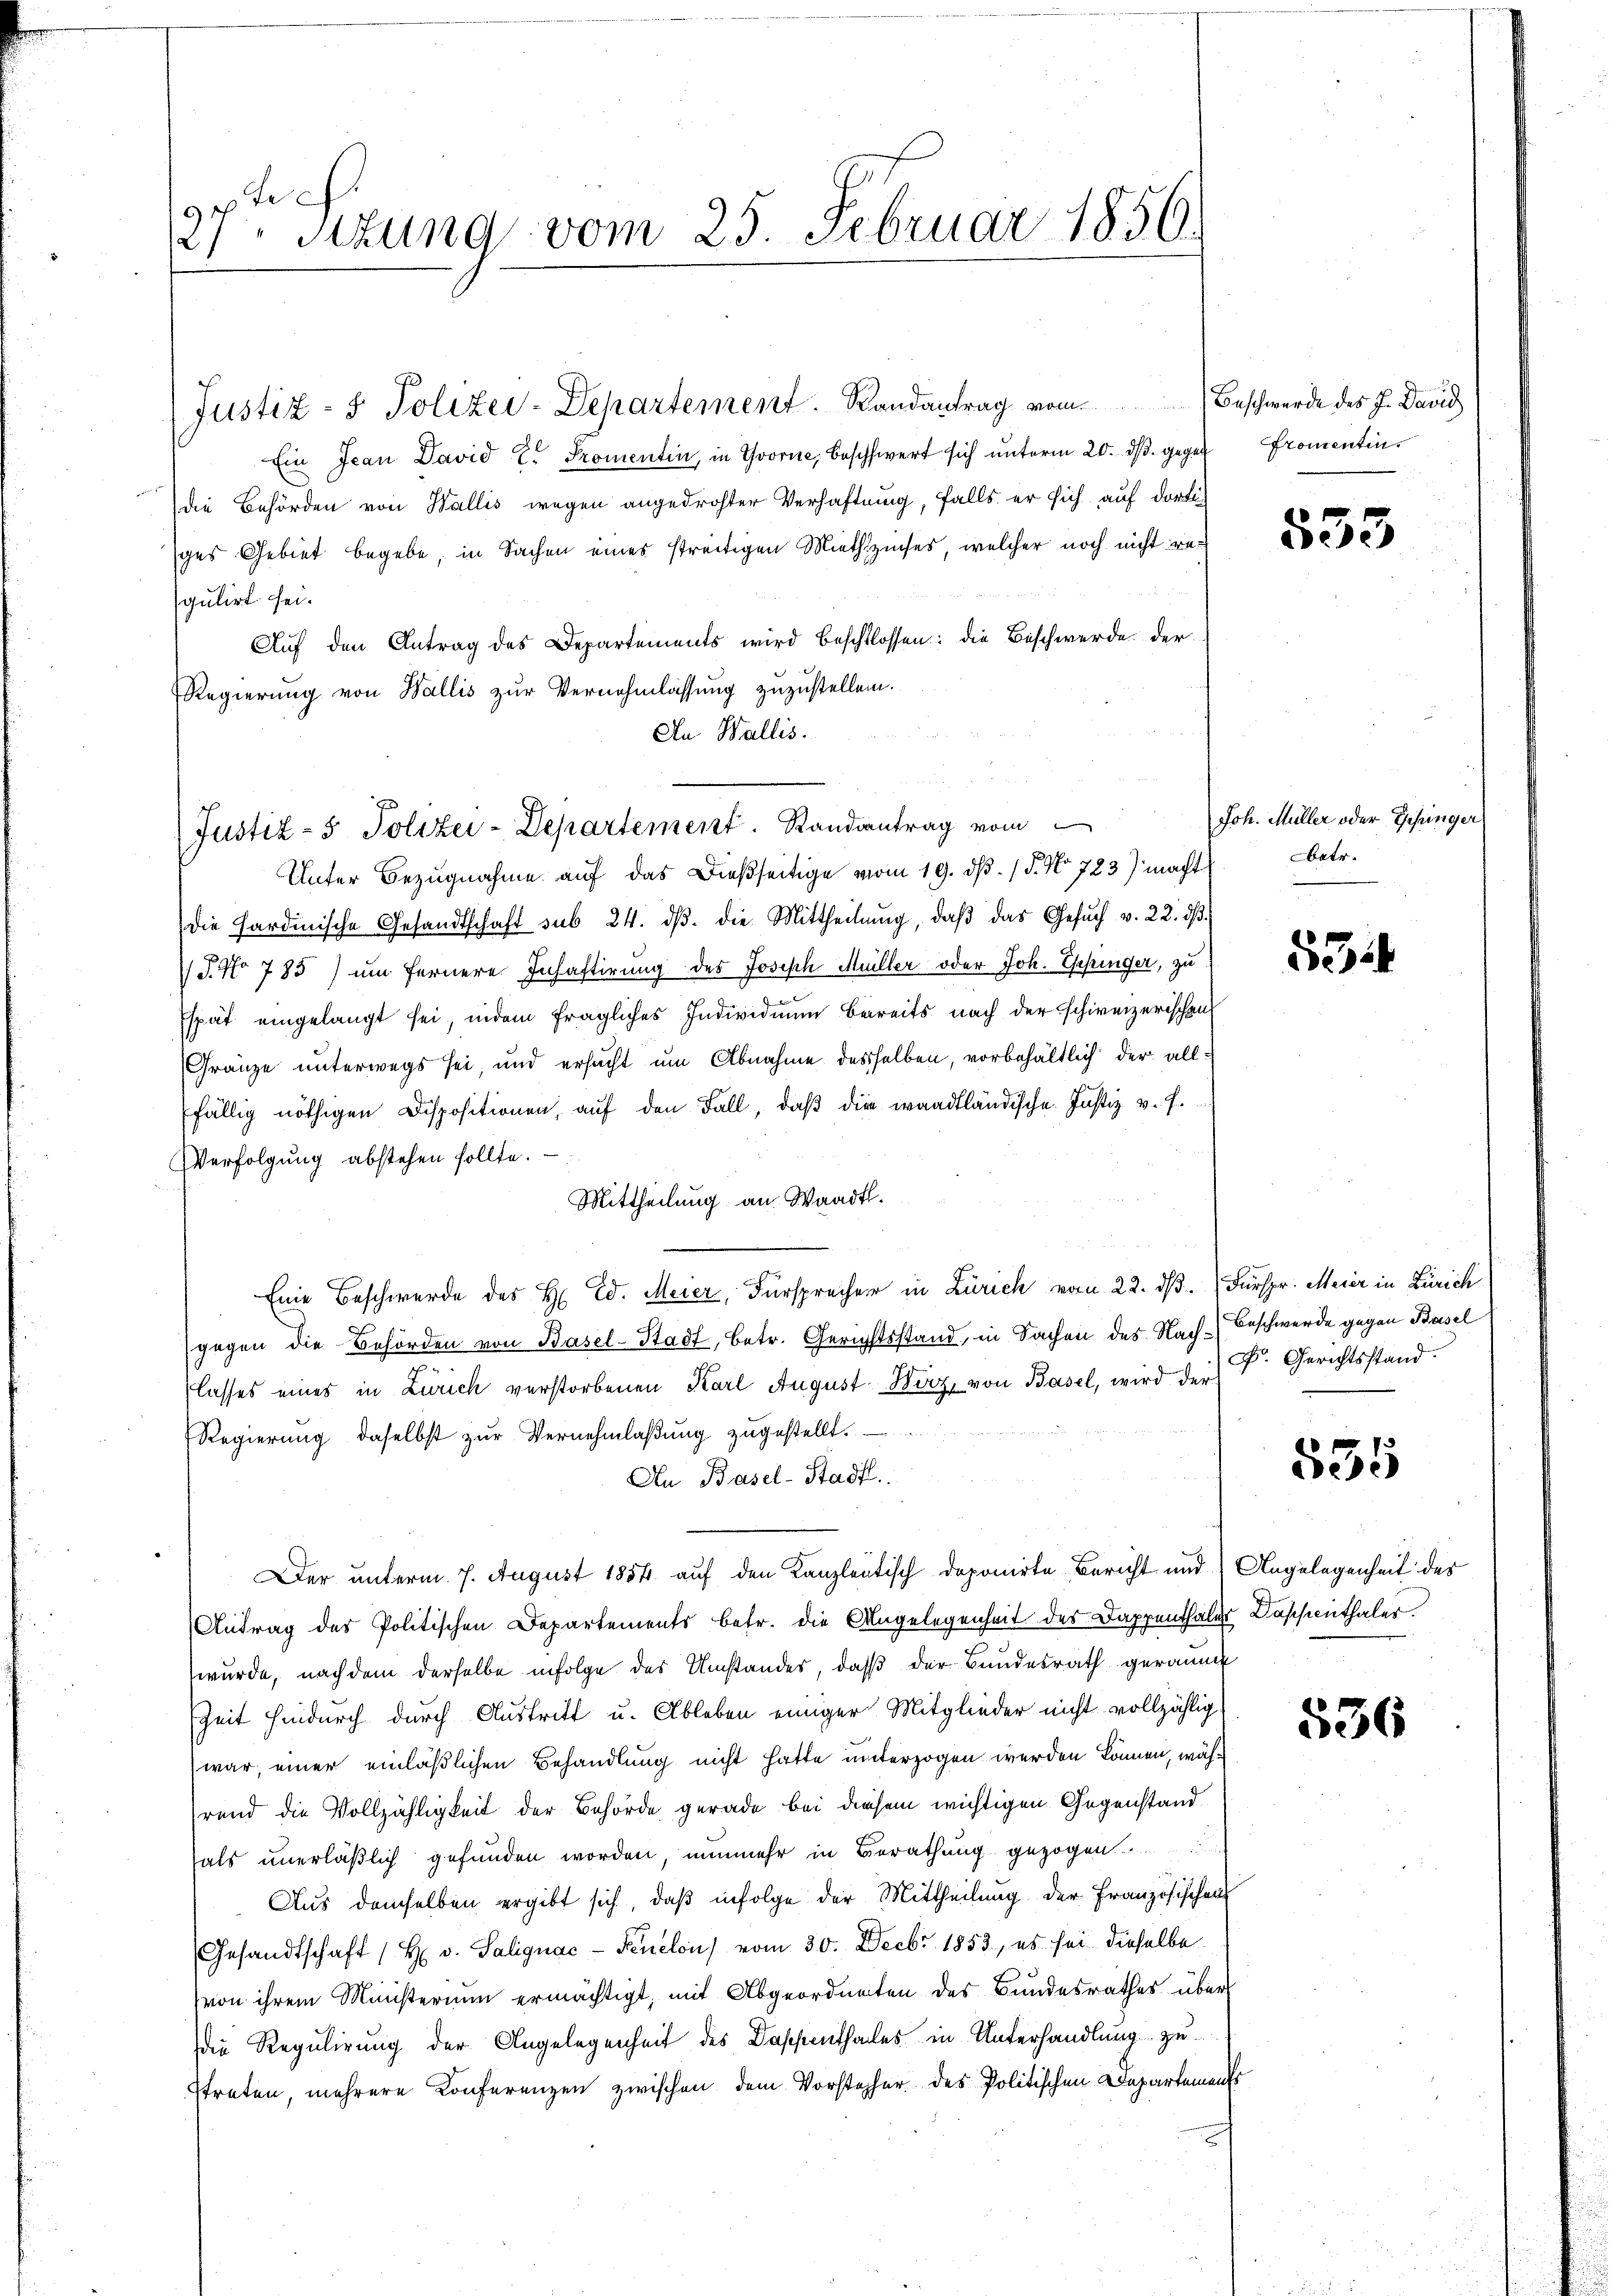
9r tec
21 sizung vom 25. Februar 1856.

Justiz- & Polizei-Departement. Randantrag vom

Ein Jean David E. Promentin, in Yvorne, beschwert sich unterm 20. ds. gegen Promentindie Behörden von Wallis wegen angedrohter Verhaftung, falls er sich auf dorti
ges Gebiet begebe, in Sachen eines streitigen Miethzinses, welcher noch nicht regulirt sei.
Aŭf den Antrag des Departements wird beschlossen: die Beschwerde der
Regierung von Wallis zur Vernehmlassung zuzustellen.
An Wallis.
Unter Bezugnahme auf das Dießseitige vom 19. dβ. / 5. No 723) macht
die Sardinische Gesandtschaft sub 24. dβ. die Mittheilŭng, daβ das Gesŭch v. 22. dβ
1 J. No 785) um fernere Inhaftirung des Joseph Müller oder Joh. Espinger, zu
Espät eingelangt sei, indem fragliches Individuum bereits nach der schweizerischen
Gränze unterwegs sei, und ersucht um Abnahme desselben, vorbehältlich der allfällig nöthigen Dispositionen, auf den Fall, daß die waadtländische Justiz v. J.
Verfolgung abstehen sollte.
Mittheilung an Waadt.
Eine Beschwerde des H. Ed. Meier, Fürsprecher in Zürich vom 22. dβ.  Fürspr. Meier in Zürich
gegen die Behörden von Basel-Stadt, betr. Gerichtsstand, in Sachen des Nach-Beschwerde gegen Basel
lasses eines in Zürich verstorbenen Karl August Wirz, von Basel, wird der Dr. Gerichtsstand
Regierŭng daselbst zŭr Vernehmlaβŭng zugestellt.
An Basel-Stadtl.
Der unterm 7. August 1854 auf den Kanzleitisch doponirte Bericht und Angelegenheit des
Antrag des Politischen Departements betr. die Angelegenheit des Dappenthales
wurde, nach dem derselbe infolge des Umstandes, daß der Bundesrath geraum
Zeit hindurch durch Austritt u. Ableben einiger Mitglieder nicht vollzählig
war, einer einläßlichen Behandlung nicht hatte unterzogen werden können, während die Vollzähligkeit der Behörde gerade bei diesem wichtigen Gegenstand
als unerläßlich gefunden worden, nunmehr in Berathung gezogen
Aus demselben ergibt sich, daß infolge der Mittheilung der Französischen
Gesandtschaft (H. v. Salignac- Feuelon vom 30. Decbr. 1853, es sei dieselbe
von ihrem Ministerium ermächtigt, mit Abgeordneten des Bundesrathes über
die Regulirung der Angelegenheit des Baschenthalles in Unterhandlung zustreten, mehrere Konferenzen zwischen dem Vorsteher des Politischen Departements

Justiz- & Polizei-Departement. Randantrag vom Beschwerde des J. David

u

533

Joh. Müller oder Gehringer
betr.

534

535

Daschenthaler.

536